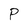
Character: P